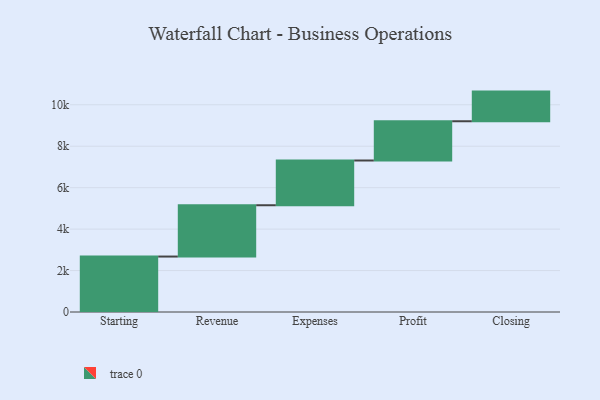
{"axis": {"x": "Step", "y": "Value"}, "legend": [""], "data": [{"x": "Starting", "y": 2676.0, "type": ""}, {"x": "Revenue", "y": 2476.0, "type": ""}, {"x": "Expenses", "y": 2159.0, "type": ""}, {"x": "Profit", "y": 1894.0, "type": ""}, {"x": "Closing", "y": 1431.0, "type": ""}]}